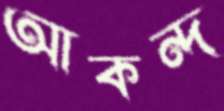
আকন্দ